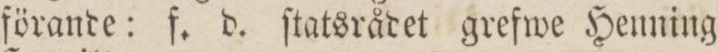
förande: f. d. ſtatsrådet grefwe Henning